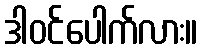
ဒါဝင်ပေါက်လား။